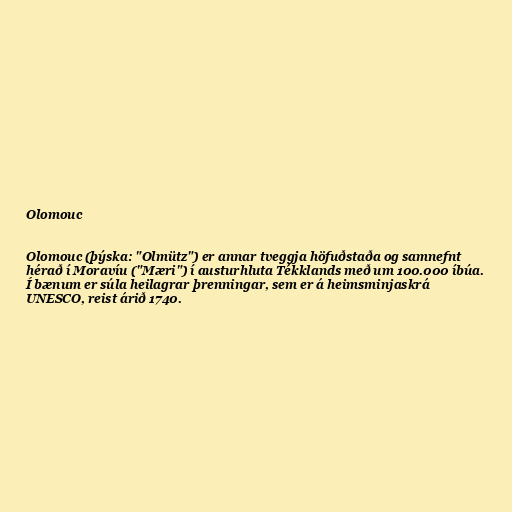
Olomouc

Olomouc (þýska: "Olmütz") er annar tveggja höfuðstaða og samnefnt
hérað í Moravíu ("Mæri") í austurhluta Tékklands með um 100.000 íbúa.
Í bænum er súla heilagrar þrenningar, sem er á heimsminjaskrá
UNESCO, reist árið 1740.